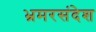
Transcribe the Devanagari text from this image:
भ्रमरसंदेश